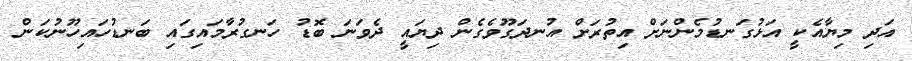
އަދި މިޔާއެކީ އަޅުގަނޑުމެންނަށް އިތުރަށް އުނދަގޫވެގެން ދިޔައީ ދެވަނަ ބޮޑު ހަނގުރާމައިގައި ބަނޑުހައިހޫނުކަން